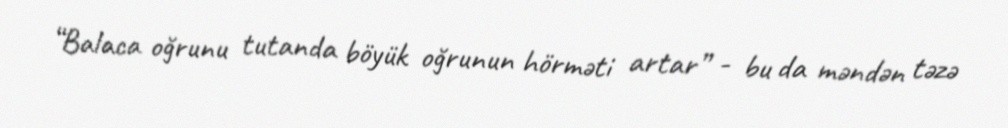
“Balaca oğrunu tutanda böyük oğrunun hörməti artar” - bu da məndən təzə